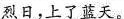
烈日，上了蓝天。